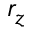
r _ { z }